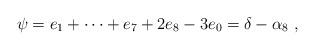
LaTeX: \begin{align*}\psi=e_1 + \dots + e_7 + 2 e_8 - 3 e_0 = \delta-\alpha_8 \ ,\end{align*}